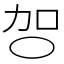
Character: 㔔